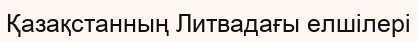
Қазақстанның Литвадағы елшілері